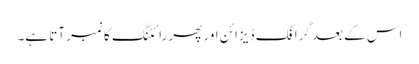
اس کے بعد گرافک ڈیزائن اور پھر رائٹنگ کا نمبر آتا ہے۔